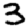
Digit: 3